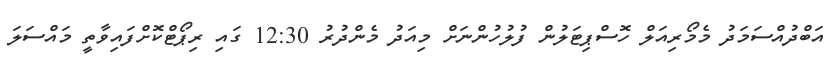
އަބްދުއްސަމަދު މެމޯރިއަލް ހޮސްޕިޓަލުން ފުލުހުންނަށް މިއަދު މެންދުރު 12:30 ގައި ރިޕޯޓްކޮށްފައިވާތީ މައްސަލަ